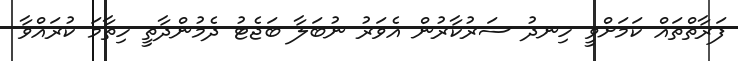
ފަރާތްތައް ކަމަށްވީ ހިނދު ސަރުކާރުން އެވަރު ނުބަލާ ބަޖެޓު ދެމުންދާތީ ހިތާމަ ކުރައްވާ